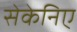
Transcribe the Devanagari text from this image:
सेकेनिए